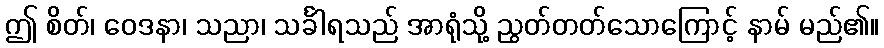
ဤ စိတ်၊ ဝေဒနာ၊ သညာ၊ သင်္ခါရသည် အာရုံသို့ ညွတ်တတ်သောကြောင့် နာမ် မည်၏။